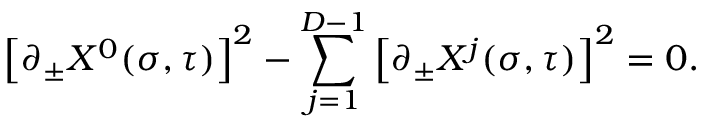
\left[ \partial _ { \pm } X ^ { 0 } ( \sigma , \tau ) \right] ^ { 2 } - \sum _ { j = 1 } ^ { D - 1 } \left[ \partial _ { \pm } X ^ { j } ( \sigma , \tau ) \right] ^ { 2 } = 0 .